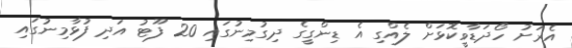
އެރަށު ހޯދަޑާވީކޮޅަށް ލެއްގި އެ ޑިންގީގެ ދިގުމިނުގައި 20 ފޫޓު އަދި ފުޅާމިނުގައި